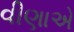
વીણાએ